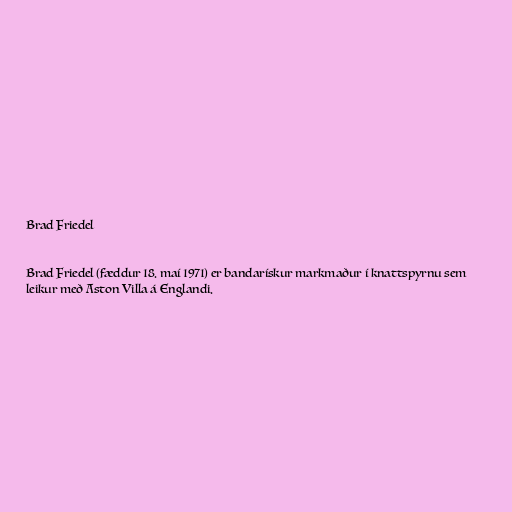
Brad Friedel

Brad Friedel (fæddur 18. maí 1971) er bandarískur markmaður í knattspyrnu sem
leikur með Aston Villa á Englandi.